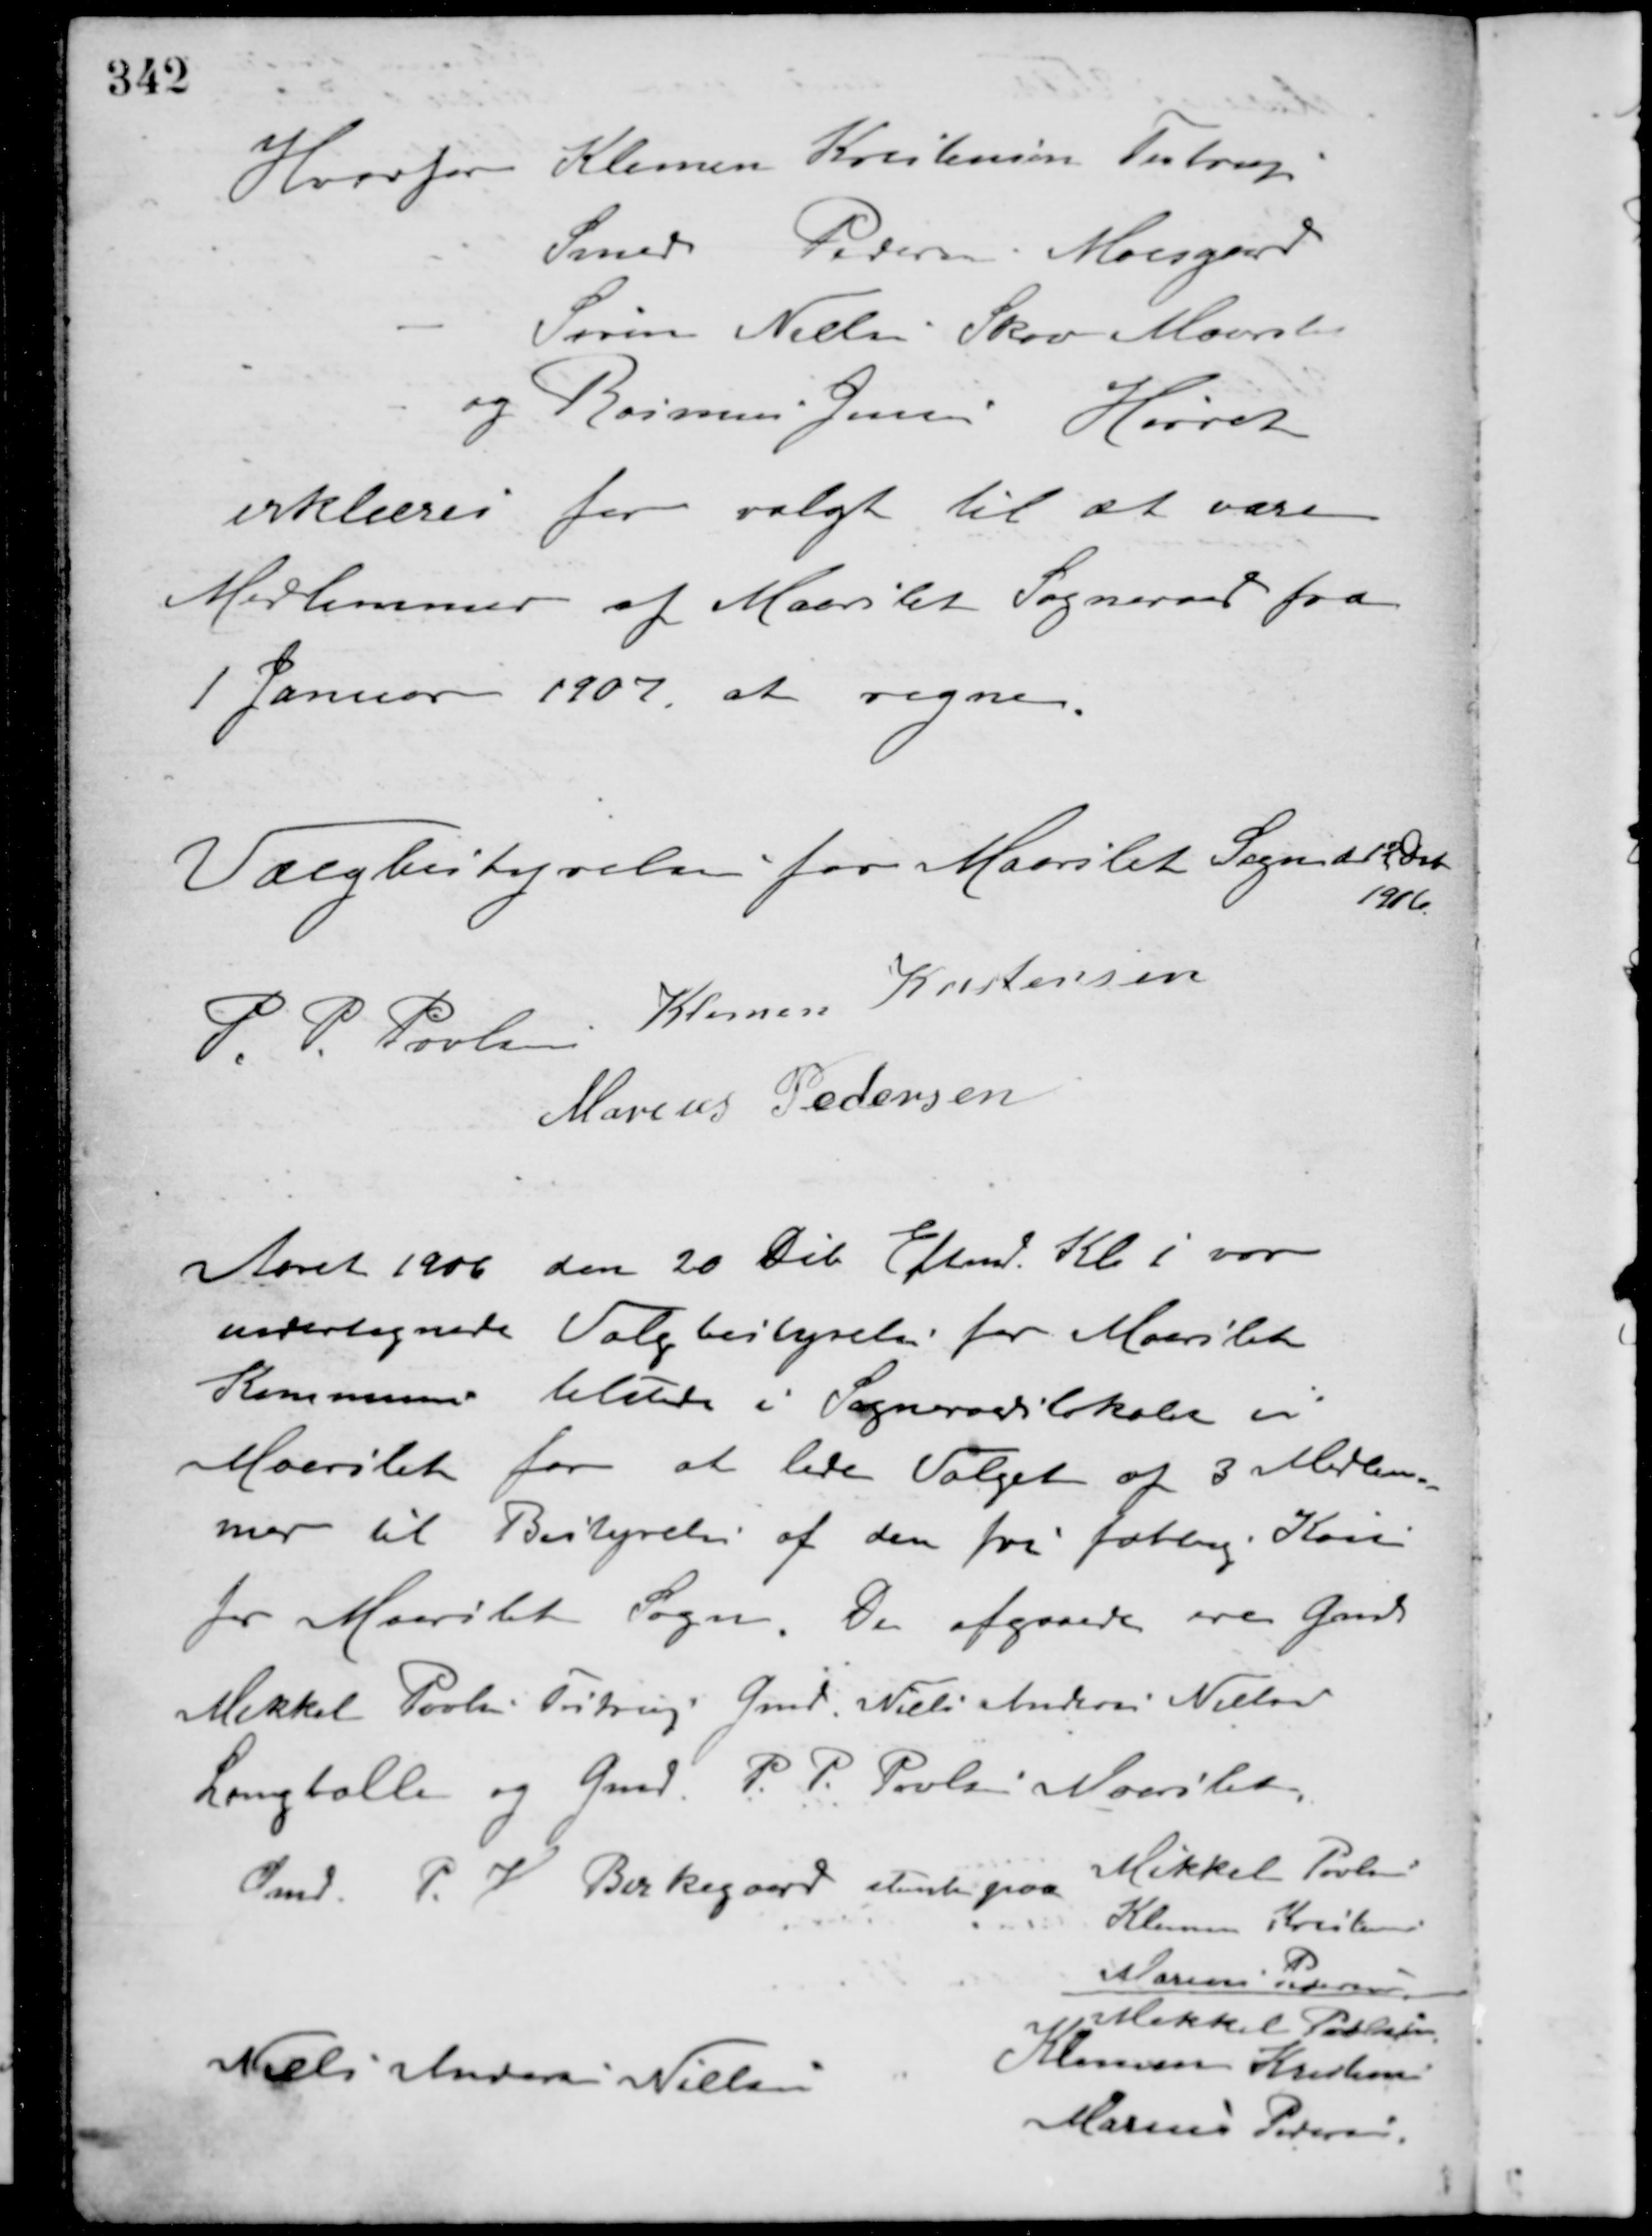
Transskription:
Hvorfor Klemen Kristensen Testrup
Smed Pedersen Moesgård
Søren Nielsen Skov Maarslet
og Rasmus Jensen Hørret
erklæres for valgt til at være
Medlemmer af Maarslet Sogneraad fra
1 Januar 1907 at regne.
Valgbestyrelsen for Maarslet Sogneraad 12 Dec
1906
P. P. Poulsen Klemen Kristensen
Marius Pedersen
Aaret 1906 den 20 Debr. Eftm. Kl. 1 var
undertegnede Valgbestyrelse for Maarslet
Kommune tilstede i Sogneraadslokalet i
Maarslet for at lede Valget af 3 Medlem-
mer til Bestyrelse af den fri fattig Kasse
for Maarslet Sogn. De afgaaede ere Gmd.
Mikkel Povlsen Testrup Gmd. Niels Andersen Nielsen
Langballe og Gmd. P. P. Poulsen Maarslet.
Gmd. P. H. Birkegaard stemte paa
Mikkel Povlsen
Klemen Kristensen
Marius Pedersen
Niels Andersen Nielsen
Mikkel Povlsen
Klemen Kristensen
Marius Pedersen